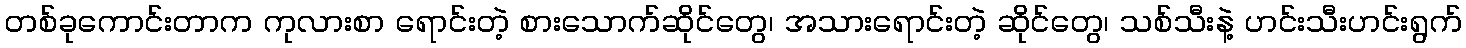
တစ်ခုကောင်းတာက ကုလားစာ ရောင်းတဲ့ စားသောက်ဆိုင်တွေ၊ အသားရောင်းတဲ့ ဆိုင်တွေ၊ သစ်သီးနဲ့ ဟင်းသီးဟင်းရွက်